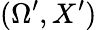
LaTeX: (\Omega^{\prime},X^{\prime})